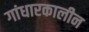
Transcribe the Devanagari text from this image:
गांधारकालीन